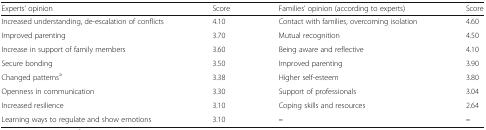
<table><thead><tr><td><b>Experts’ opinion</b></td><td><b>Score</b></td><td><b>Families’ opinion (according to experts)</b></td><td><b>Score</b></td></tr></thead><tbody><tr><td>Increased understanding, de-escalation of conflicts</td><td>4.10</td><td>Contact with families, overcoming isolation</td><td>4.60</td></tr><tr><td>Improved parenting</td><td>3.70</td><td>Mutual recognition</td><td>4.50</td></tr><tr><td>Increase in support of family members</td><td>3.60</td><td>Being aware and reflective</td><td>4.10</td></tr><tr><td>Secure bonding</td><td>3.50</td><td>Improved parenting</td><td>3.90</td></tr><tr><td>Changed patterns<sup>a</sup></td><td>3.38</td><td>Higher self-esteem</td><td>3.80</td></tr><tr><td>Openness in communication</td><td>3.30</td><td>Support of professionals</td><td>3.04</td></tr><tr><td>Increased resilience</td><td>3.10</td><td>Coping skills and resources</td><td>2.64</td></tr><tr><td>Learning ways to regulate and show emotions</td><td>3.10</td><td><b>–</b></td><td><b>–</b></td></tr></tbody></table>